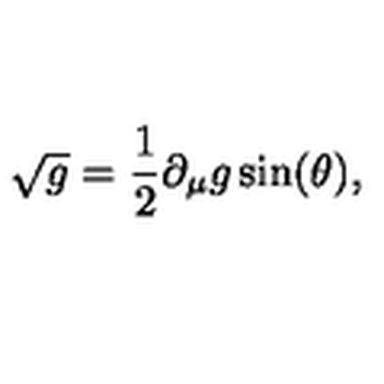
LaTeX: \sqrt { g } = \frac { 1 } { 2 } \partial _ { \mu } g \sin ( \theta ) ,